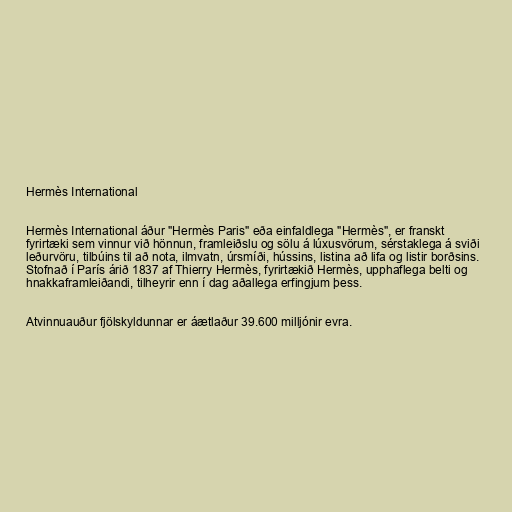
Hermès International

Hermès International áður "Hermès Paris" eða einfaldlega "Hermès", er franskt
fyrirtæki sem vinnur við hönnun, framleiðslu og sölu á lúxusvörum, sérstaklega á sviði
leðurvöru, tilbúins til að nota, ilmvatn, úrsmíði, hússins, listina að lifa og listir borðsins.
Stofnað í París árið 1837 af Thierry Hermès, fyrirtækið Hermès, upphaflega belti og
hnakkaframleiðandi, tilheyrir enn í dag aðallega erfingjum þess.

Atvinnuauður fjölskyldunnar er áætlaður 39.600 milljónir evra.